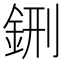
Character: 鉶